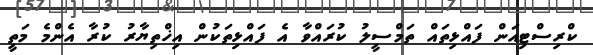
ކްރިސްޓިއަން ފައްޅިތައް ތަމްސީލު ކުރައްވާ އެ ފައްޅިތަކުން އިޚްތިޔާރު ކުރާ އެންމެ މަތީ